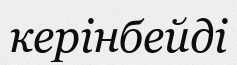
керінбейді